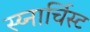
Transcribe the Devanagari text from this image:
स्य्नार्चिस्ट